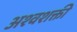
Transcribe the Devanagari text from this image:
अश्‍वशक्ती